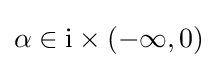
\alpha \in {\rm {i}}\times (-\infty ,0)